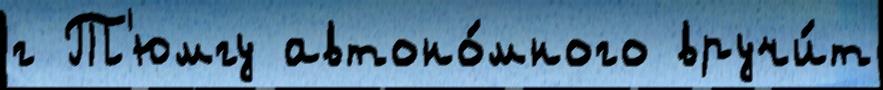
г Т'юмгу автоно́много вручи́т